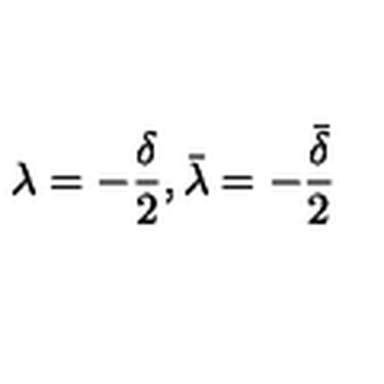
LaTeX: \lambda = - \frac { \delta } { 2 } , \bar { \lambda } = - \frac { \bar { \delta } } { 2 }